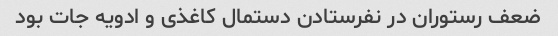
ضعف رستوران در نفرستادن دستمال کاغذی و ادویه جات بود